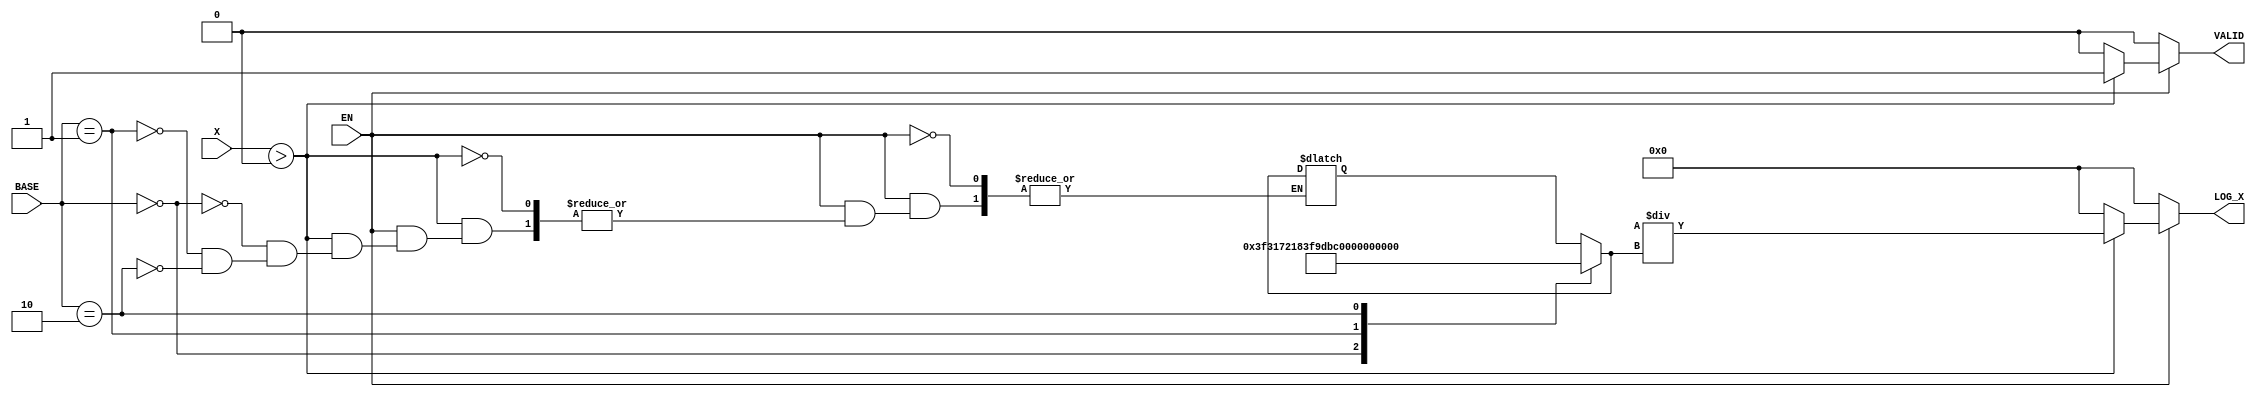
module LogarithmFunctionGenerator (
    input wire [31:0] X,        // Input value (positive real number)
    input wire [1:0] BASE,      // Base selection (00: base 2, 01: base 10, 10: natural log)
    input wire EN,              // Enable signal
    output reg [31:0] LOG_X,    // Logarithm result
    output reg VALID            // Valid output signal
);

    // Internal signals
    reg [31:0] log_base_k; // Logarithm of the base in the chosen base k
    reg [31:0] log_x;      // Logarithm of X in base k
    reg [31:0] result;     // Final result

    // Logarithm calculation (simplified)
    always @(*) begin
        if (EN) begin
            // Input conditioning
            if (X > 0) begin
                // Calculate log_x and log_base_k based on the selected base
                case (BASE)
                    2'b00: begin // Base 2
                        log_base_k = 32'h3F317218; // log2(2) = 1 (fixed-point representation)
                        log_x = log2(X); // Placeholder for log2 calculation
                    end
                    2'b01: begin // Base 10
                        log_base_k = 32'h3F9DBB6F; // log10(10) = 1 (fixed-point representation)
                        log_x = log10(X); // Placeholder for log10 calculation
                    end
                    2'b10: begin // Natural log (base e)
                        log_base_k = 32'h3F2C8F5C; // log_e(e) = 1 (fixed-point representation)
                        log_x = ln(X); // Placeholder for ln calculation
                    end
                    default: begin
                        log_x = 32'h00000000; // Default case
                    end
                endcase
                
                // Change of base formula
                result = log_x / log_base_k;
                LOG_X = result;
                VALID = 1; // Output is valid
            end else begin
                LOG_X = 32'h00000000; // Invalid output for non-positive input
                VALID = 0; // Output is not valid
            end
        end else begin
            LOG_X = 32'h00000000; // Reset output
            VALID = 0; // Output is not valid
        end
    end

    // Placeholder functions for logarithm calculations
    function [31:0] log2(input [31:0] value);
        // Implement log2 calculation here
        log2 = 32'h00000000; // Placeholder
    endfunction

    function [31:0] log10(input [31:0] value);
        // Implement log10 calculation here
        log10 = 32'h00000000; // Placeholder
    endfunction

    function [31:0] ln(input [31:0] value);
        // Implement natural log calculation here
        ln = 32'h00000000; // Placeholder
    endfunction

endmodule